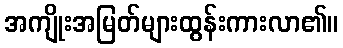
အကျိုးအမြတ်များထွန်းကားလာ၏။